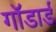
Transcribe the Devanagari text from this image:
गॉडार्ड